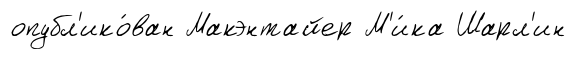
опубл'ико́ван Макэнтайер М'и́ка Шарл'ин